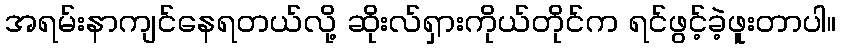
အရမ်းနာကျင်နေရတယ်လို့ ဆိုးလ်ရှားကိုယ်တိုင်က ရင်ဖွင့်ခဲ့ဖူးတာပါ။